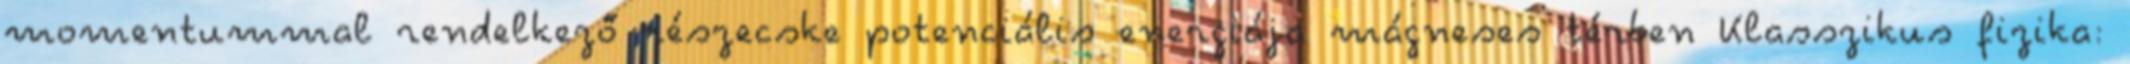
momentummal rendelkező részecske potenciális energiája mágneses térben Klasszikus fizika: